Vital statistics of India. Vol. V, Reports of 1876 on armies & jails and on epidemic cholera
Year: 1876
Disease focus: Cholera
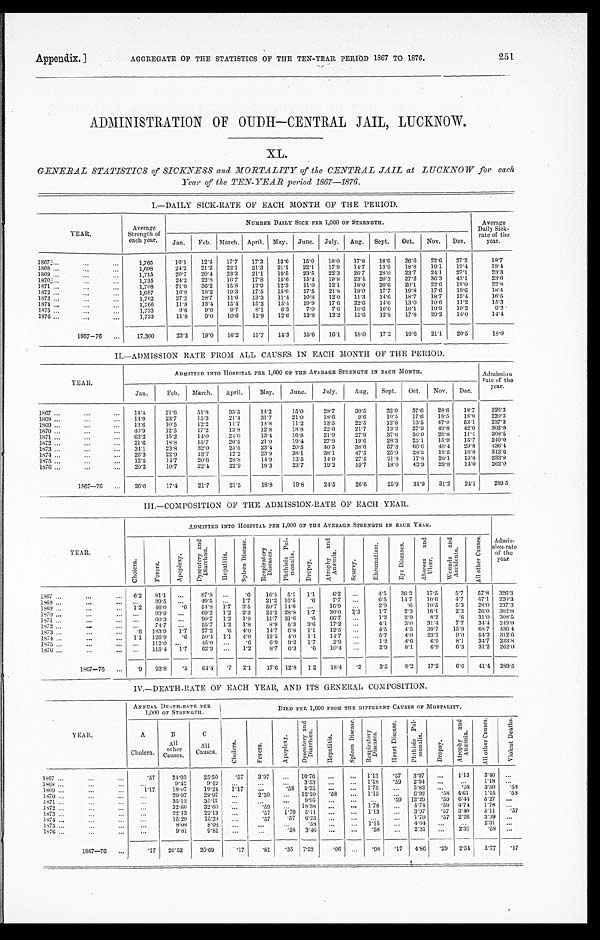
Appendix.]
AGGREGATE OF THE STATISTICS OF THE TEN-YEAR PERIOD 1867 TO 1876.
251
ADMINISTRATION OF OUDH—CENTRAL JAIL, LUCKNOW.
XL.
GENERAL STATISTICS of SICKNESS and MORTALITY of the CENTRAL JAIL at LUCKNOW for each
Year of the TEN-YEAR period 1867—1876.
I.—DAILY SICK-RATE OF EACH MONTH OF THE PERIOD.
YEAR.
Average
Strength of
each year.
NUMBER DAILY SICK PER 1,000 OF STRENGTH.
Average
Daily Sick-
rate of the
year.
Jan. Feb. March. April. May. June. July. Aug. Sept.
Oct.
Nov. Dec.
1867
1 , 7 6 5
1 6 . 1
1 2 . 4
1 7 . 7
1 7 . 3
1 3 . 6
1 5 . 0
1 8 . 0
1 7 . 8
1 8 . 6
2 6 . 6
2 2 . 6
2 7 . 2
1 8 . 7
1868
1,698
24.2
21.2
22.1
21.3
21.1
22.1
17.9
14.7
13.9
18.8
19.1
19.4
1 9 . 4
1869
1,715
20.7
20.4
23.3
21.1
19.5
23.5
22.3
26.7
28.0
23.7
24.1
27.1
23.3
1870
1,735
24.2
22.8 16.7
17.8
15.6
15.4
19.8
23.4
20.3
27.2
36.3
43.1
2 3 . 6
1871
1,708
71.9
36.2
15.8
12.9
12.3
11.0
12.1
18.0
20.6
20.1
22.6
18.0
22.8
1872
1,687
16.8
18.2
19.3
17.5
15.6
17.5
21.8
19.0
17.7
19.8
17.6
19.6
1 8 . 4
1873
1,762
27.2
28.7
11.6
13.3
11.4
10.8
12.0
11.3
14.6
18.7
18.7
15.4
16.5
1874
1,766
11.8
13.4 15.4 15.2
15.4
19.9
17.6
22.6
14.6
13.0
10.6
11.2
15.3
1875
1,732
9.6
9.0
9.7
8.1
6.3
7.0
7.6
10.6
10.6
10.1
10.9
10.2
9 . 2
1876
1,733
11.8
9.0
10.6
12.9
12.6
13.8 12.2
15.6
12.8
17.8
29.2
14.0
1 4 . 4
1867—76
17,300
23.3
19.0
16.2
15.7
14.3
15.6
16.1
18.0
17.2
19.6
21.1
20.5
18.0
II.—ADMISSION RATE FROM ALL CAUSES IN EACH MONTH OF THE PERIOD.
YEAR.
ADMITTED INTO HOSPITAL PER 1,000 OF THE AVERAGE STRENGTH IN EACH MONTH.
Ad
mission rate of the
year.
Jan.
Feb.
March.
April.
May.
June.
July. Aug.
Sept. Oct.
Nov. Dec.
1867
14: 4
21.6
51.8
33.5
14.2
15.0
28. 7
30.5
32.0
37.6
28.6
18.7
326.3
1868
13.9
23. 7
15. 3
21. 4
31.7
21.0
18.6
9 . 6
10.5
17.6
18.5
18.8
220. 3
1869
13.6
10.5
12.2
11.7
14.8
11.2
13.5
22.5
12.8
13.5
47.0
53.1
237.3
1870
40.9
12.5
17. 2
13. 8
12.8
18. 8
22.6
21.7
13.3
37.9
49.8
42.0
302.0
1 8 7 1
63. 2
15.2
14.0
24. 0
13.4
16.8
21.9
27.9
37.6
36.0
26.8
11.4
308.5
1 8 7 2
21. 6
18.8
15.7
20.5
21.0
19.4
27.9
19.6
28.3
25.1
15.9
15.7
249.0
1 8 7 3
34.1
23.8
32.0
25.5
23.4
20.5
40.5
38.6
57.3
60.6
48.4 29.8
436.4
1 8 7 4
26.3
22. 9
13.7
12.2
23.9
38.1
38.1
47.5
25.9
28.3
18.5
16.8
312.6
1 8 7 5
12p. 5
14.7
20.6
28.8
14.9
13.5
14. 0
27.5
21.8
17.8
28.1
19.8
233.8
1 8 7 6
20p. 2
10. 7
22. 4
22.9
18.3
23.7
19.2
19.7
18.0
43.9
29.8
14.0
262.0
1867—76
26.0
17.4
21.7
21.5
18.8
19.8
24.5
26. 6
25.9
31.9
31.2
24.1
289.5
III.—COMPOSITION OF THE ADMISSION-RATE OF EACH YEAR.
YEAR.
ADMITTED INTO HOSPITAL PER 1,000 OF THE AVERAGE STRENGTH IN EACH YEAR.
C h o l e r a .
F e v e r s .
A p o p l e x y .
D y s e n t a r y a n d D i a r r h œ a . H e p a t i t i s .
S p l e e n D i s e a s e s .
R e s p i r a t o r y D i s e a s e s .
P h t h i s i s P u l - m o n a l i s .
D r o p s y .
A t r o p h y a n d A n æ m i a .
S c u r v y .
R h e u m a t i s m . E y e D i s e a s e s .
A b s c e s s a n d U l c e r .
W o u n d s a n d A c c i d e n t s .
A l l o t h e r C a u s e s . Admis-
sion-rate
of the
year
1867
6 . 2
81. 1
. . .
8 7 . 8 . . .
. 6
1 6 . 4
5 . 1
1 . 1
6 . 2 . . .
4 . 5 3 6 . 3
1 7 . 5
5 . 7
5 7 . 8
3 2 6 . 3
1 8 6 8 ...
39. 5
. . .
4 9 . 5 . . .
1. 7
2 1 . 2
1 6 . 5
. 6
7 . 7 . . .
6 . 5 1 4 . 7
1 0 . 6
4 . 7
4 7 . 1
2 2 0 . 3
1 8 6 9
1 . 2
46. 0
. 6
5 4 . 8
1 . 7
3. 5
5 0 . 7
1 4 . 6
. . .
1 6 . 9 . . .
2 . 9 . 6
1 0 . 5
5 . 3
2 8 . 0
2 3 7 . 3
1 8 7 0 ...
93. 9
. . .
6 9 . 2
1 . 2
2. 3
2 4 . 2
2 8 . 8
1 . 7
3 0 . 0 2. 3
1 . 7 2 . 3
1 6 . 1
2 . 3
2 6 . 0
3 0 2 . 0
1 8 7 1
. . .
60. 3
. . .
9 0 . 7
1 . 2
1. 8
1 1 . 7
3 1 . 6
. 6
6 6 . 7 . . .
1 . 2 2 . 9
8 . 2
. 6
3 1 . 0
3 0 8 . 5
1872
...
74. 7
. . .
5 5 . 7
1 . 2
1. 8
8 . 9
5 . 3
3 . 6
1 7 . 2 . . .
4 . 1 3 . 0
3 1 . 4
7 . 7
3 4 . 4
2 4 9 . 0
1 8 7 3
. 6
183.9
1 . 7
7 7 . 2
. 6
4. 0
1 4 . 7
6 . 8
1 . 1
1 2 . 5 ...
4 . 5 4 . 5
3 9 . 7
1 5 . 9
6 8 . 7
4 3 6 . 4
1874
1 . 1
126.9
. 6
5 0 . 4
1 . 1
4. 0
1 2 . 5
4 . 0
1 . 1
1 4 . 7 . . .
5 . 7 4 . 0
2 3 . 2
9 . 0
5 4 . 3
3 1 2 . 6
1875
. . .
112.0 . . .
4 5 . 0 . . .
. 6
6 . 9
9 . 2
1 . 7
2 . 9 . . .
1 . 2 4 . 6
6 . 9
8 . 1
3 4 . 7
2 3 3 . 8
1876
. . .
115.4
1 . 7
6 2 . 3 . . .
1. 2
8 . 7
6 . 3
. 6
1 0 . 4 . . .
2 . 9 8 . 1
6 . 9
6 . 3
3 1 . 2
2 6 2 . 0
1867—76
. 9
93. 8
. 5
6 4 . 4
. 7
2. 1
1 7 . 6
1 2 . 8
1 . 2
1 8 . 4
. 2
3 . 5 8 . 2
1 7 . 2
6 . 6
4 1 . 4
2 8 9 . 5
IV.—DEATH-RATE OF EACH YEAR, AND ITS GENERAL COMPOSITION.
Y E A R .
ANNUAL DEATH-RATE PER
1,000 OF STRENGTH.
DIED PER 1,000 FROM THE DIFFERENT CAUSES OF MORTALITY.
A
Cholera.
B
All
other
Causes.
C
All
Causes.
C h l o e r a .
F e v e r s .
A p o p l e x y .
D y s e n t e r y a n d D i a r r h œ a .
H e p a t i t i s .
S p l e e n d i s e a s e .
R e s p i r a t o r y D i s e a s e s .
H e a r t D i s e a s e s .
P h t h i s i s P u l - m o n a l i s .
D r o p s y .
A t r o p h y a n d A n æ m i a .
A l l o t h e r C a u s e s .
V i o l e n t D e a t h s .
1867
.57
24.93
25.50
.57
3.97
...
10.76
...
... 1.13
. 5 7 3.97 ...
1.13
3.40 ...
1868
...
9.42
9.42
. . .
. . .
. . . 3.53
. . . . . . 1.18
. 5 9 2.94
. . .
. . .
1.18
. . .
1868
1.17
18.67
19.24
1.17
...
. 5 8 5.25
. . . . . . 1.75
...
5.83
. . . .58
3.50
. 5 8
1870
...
29.97
29.97
...
2.30
... 12.10
. 5 8 ... 1.15
...
6.92
. 5 8 4.61
1.15
. 5 8
1871
...
35.13
35.13
. . .
. . . ...
9.95
. . . ...
. . .
. 5 9 12.29
. 5 9
6 . 4 4 5.27 ...
1872
. . .
32.60
32.60
...
.59
...
18.38 ...
... 1.78
...
4.74
. 5 9 4.74 1.78
. . .
1873
...
22.13
22.13
...
.57
1.70 5.11
. . . ... 1.13
...
3.97
. 5 7 3.40
5.11
. 5 7
1874
. . .
15.29
1 5 . 2 9
. . .
.57
. 5 7 6 . 2 3 ...
...
. . . ... 1.70
. 5 7 2.26
3.99
. . .
1875
. . .
8.08
8.08
...
...
. . .
. 5 8
...
. . . 1.15 ...
4.04 ...
...
2.31
. . .
1876
. . .
9.81
9.81
... ...
. 5 8 3.46 ...
...
.58 ...
2.31
...
2.31
.58
. . .
1867—76
. 1 7 20.52
20.69
.17
.81
. 3 5 7.52
.06
. . .
.98
. 1 7 4.86
. 2 9 2.54
2.77
. 1 7